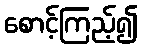
စောင့်ကြည့်၍